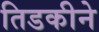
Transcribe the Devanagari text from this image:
तिडकीने